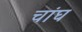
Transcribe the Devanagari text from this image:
चांघ